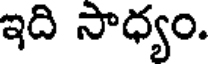
ఇది సాధ్యం.